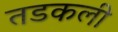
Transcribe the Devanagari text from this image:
तडकली